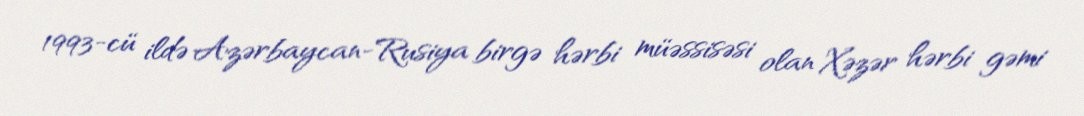
1993-cü ildə Azərbaycan-Rusiya birgə hərbi müəssisəsi olan Xəzər hərbi gəmi